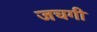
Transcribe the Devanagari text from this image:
जचगी